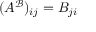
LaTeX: ( A ^ { \mathcal { B } } ) _ { i j } = B _ { j i }